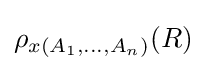
\rho _{x(A_{1},\ldots ,A_{n})}(R)